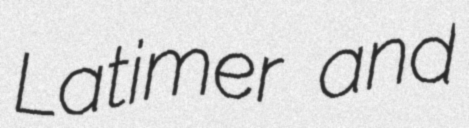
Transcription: Latimer and